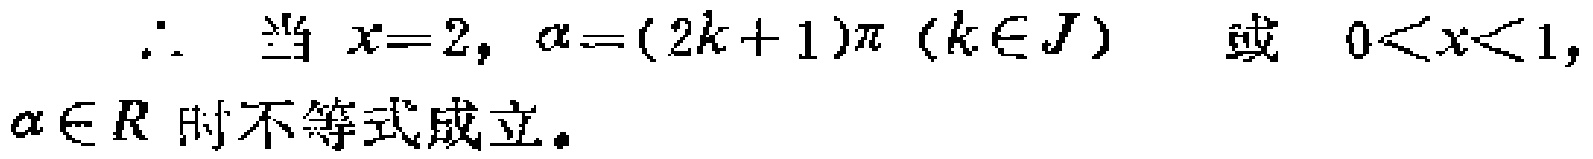
\(\therefore\) 当 \(x = 2, \alpha=(2k + 1)\pi\ (k\in J)\) 或 \(0<x<1, \alpha\in R\) 时不等式成立。